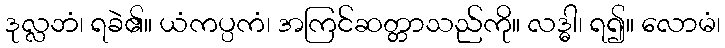
ဒုလ္လဘံ၊ ရခဲ၏။ ယံကပ္ပကံ၊ အကြင်ဆတ္တာသည်ကို။ လဒ္ဓါ၊ ရ၍။ လောမံ၊